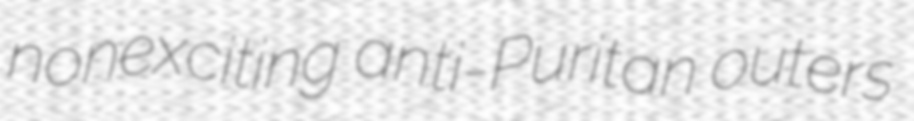
nonexciting anti-Puritan outers